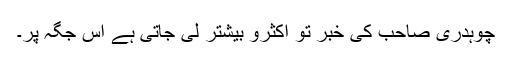
چوہدری صاحب کی خبر تو اکثرو بیشتر لی جاتی ہے اس جگہ پر۔